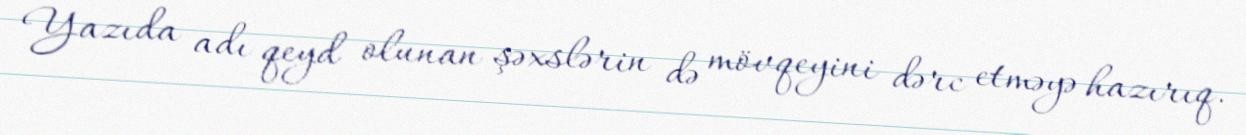
Yazıda adı qeyd olunan şəxslərin də mövqeyini dərc etməyə hazırıq.